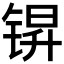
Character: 𮸒